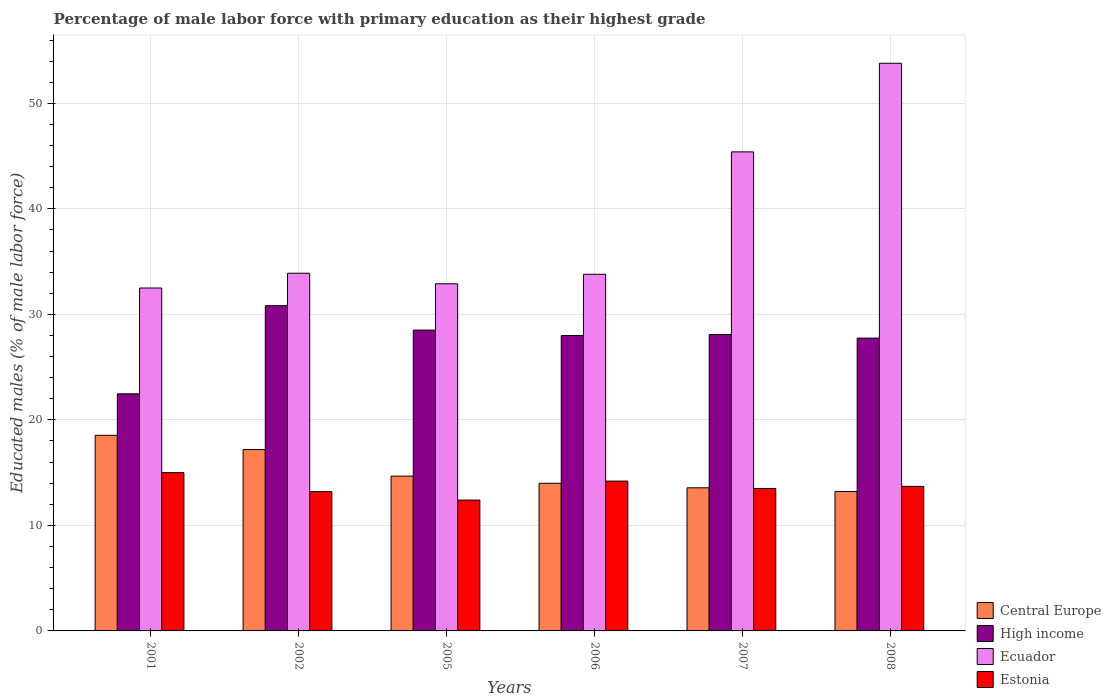
| Years | Central Europe | High income | Ecuador | Estonia |
 | --- | --- | --- | --- | --- |
 | 2001 | 18.5 | 22.5 | 32.5 | 15 |
 | 2002 | 17.2 | 30.8 | 33.9 | 13.2 |
 | 2005 | 14.7 | 28.5 | 32.9 | 12.4 |
 | 2006 | 14 | 28 | 33.8 | 14.2 |
 | 2007 | 13.6 | 28.1 | 45.4 | 13.5 |
 | 2008 | 13.2 | 27.8 | 53.8 | 13.7 |